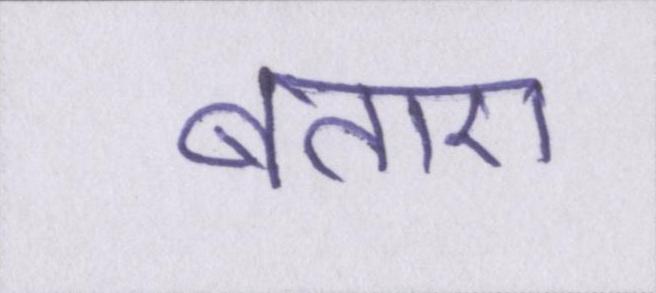
बताए